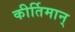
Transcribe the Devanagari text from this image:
कीर्तिमान्